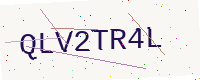
Text: QLV2TR4L